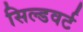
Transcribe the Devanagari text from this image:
सिल्डवर्ट